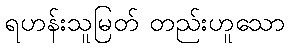
ရဟန်းသူမြတ် တည်းဟူသော